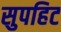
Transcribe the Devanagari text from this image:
सुपहिट